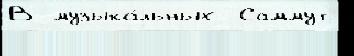
В музыка́льных  Саммут